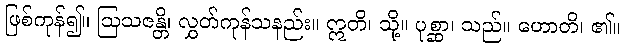
ဖြစ်ကုန်၍။ ဩသဇန္တိ၊ လွှတ်ကုန်သနည်း။ ဣတိ၊ သို့။ ပုစ္ဆာ၊ သည်။ ဟောတိ၊ ၏။